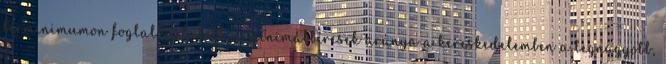
bérminimumon foglalkoztatott, a minimálbéresek aránya a kereskedelemben a legnagyobb,